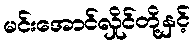
မင်းအောင်လှိုင်တို့နှင့်